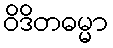
ဝိဒိတဓမ္မာ